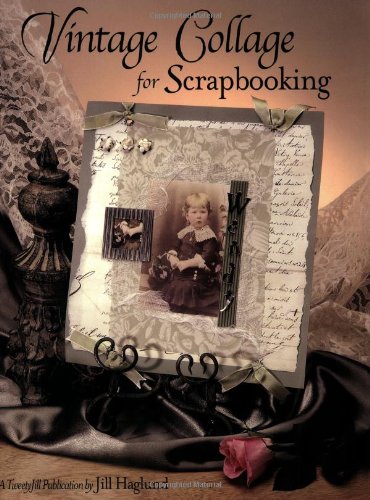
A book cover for Vintage Collage for Scrapbooking; Jill Haglund; Crafts, Hobbies & Home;